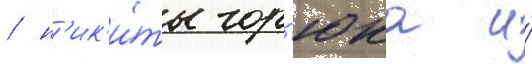
/ н'ик'и́ты гор'юка и́